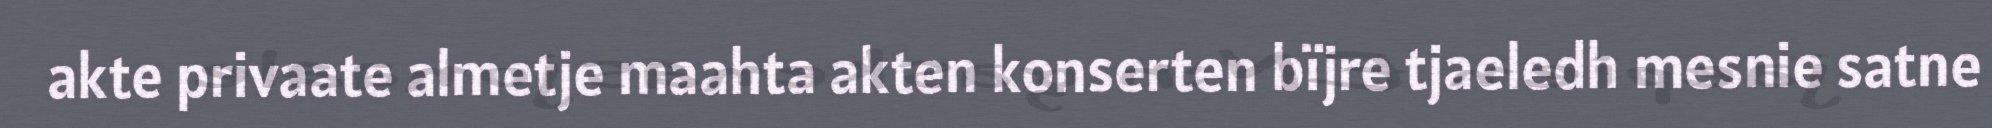
akte privaate almetje maahta akten konserten bïjre tjaeledh mesnie satne